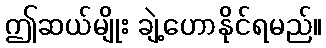
ဤဆယ်မျိုး ချဲ့ဟောနိုင်ရမည်။